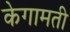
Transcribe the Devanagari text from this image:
केगामती